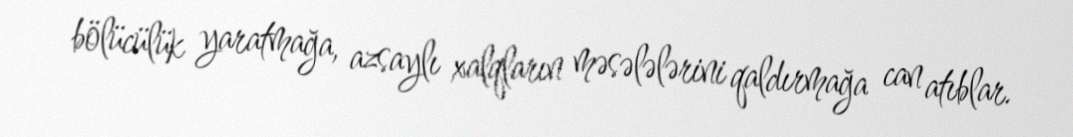
bölücülük yaratmağa, azsaylı xalqların məsələlərini qaldırmağa can atıblar.